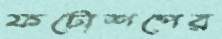
ফটোশপের